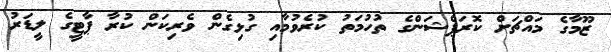
ޒޫމާގެ މައްޗަށް ކޮރަޕްޝަންގެ ތުހުމަތު ކުރެވުމާއި ގުޅިގެން ވެރިކަން ކުރާ ޕާޓީގެ ލީޑަރު